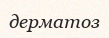
дерматоз